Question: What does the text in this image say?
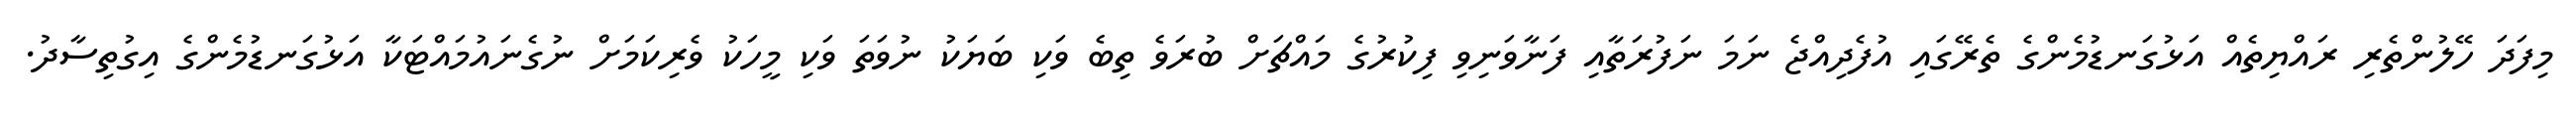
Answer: މިފަދަ ހޭލުންތެރި ރައްޔިތެއް އަޅުގަނޑުމެންގެ ތެރޭގައި އުފެދިއްޖެ ނަމަ ނަފުރަތާއި ފަނާވަނިވި ފިކުރުގެ މައްޗަށް ބުރަވެ ތިބެ ވަކި ބަޔަކު ނުވަތަ ވަކި މީހަކު ވެރިކަމަށް ނުގެނައުމައްޓަކާ އަޅުގަނޑުމެންގެ އިގުތިސާދު.